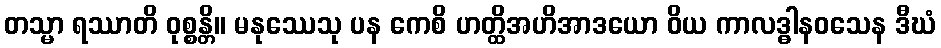
တသ္မာ ရဿာတိ ဝုစ္စန္တိ။ မနုဿေသု ပန ကေစိ ဟတ္ထိအဟိအာဒယော ဝိယ ကာလဒ္ဓါနဝသေန ဒီဃံ